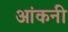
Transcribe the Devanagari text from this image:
आंकनी